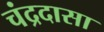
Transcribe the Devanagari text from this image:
चंद्रदासा